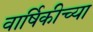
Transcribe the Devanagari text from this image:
वार्षिकीच्या